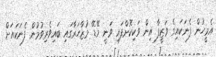
އެމީހުން ފެނަކައިގެ ވަޒީފާ އިން ވަކިކޮށްފައި ވަނީ މޭޑޭ މުޒާހަރާގައި ބައިވެރިވުމުން ފެނަކައަށް